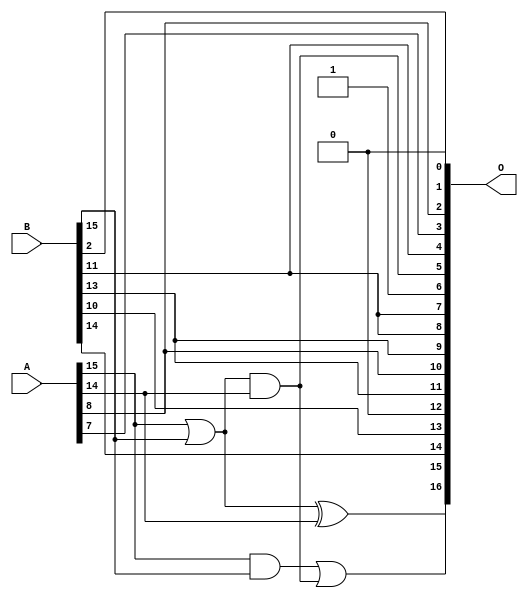
/***
* This code is a part of EvoApproxLib library (ehw.fit.vutbr.cz/approxlib) distributed under The MIT License.
* When used, please cite the following article(s):  
* This file contains a circuit from a sub-set of pareto optimal circuits with respect to the pwr and wce parameters
***/
// MAE% = 9.90 %
// MAE = 12976 
// WCE% = 34.18 %
// WCE = 44805 
// WCRE% = 6300.00 %
// EP% = 100.00 %
// MRE% = 22.35 %
// MSE = 25358.103e4 
// PDK45_PWR = 0.0041 mW
// PDK45_AREA = 18.3 um2
// PDK45_DELAY = 0.20 ns


module add16u_0MH(A, B, O);
  input [15:0] A, B;
  output [16:0] O;
  wire sig_103, sig_104, sig_105;
  assign O[4] = B[11];
  assign O[12] = 1'b0;
  assign O[6] = 1'b1;
  assign O[1] = 1'b0;
  assign sig_103 = A[14];
  assign sig_104 = A[15] | B[15];
  assign sig_105 = A[15] & B[15];
  assign O[5] = sig_104 & sig_103;
  assign O[15] = sig_104 ^ sig_103;
  assign O[16] = sig_105 | O[5];
  assign O[0] = B[2];
  assign O[2] = A[8];
  assign O[3] = A[7];
  assign O[7] = O[4];
  assign O[8] = B[11];
  assign O[9] = B[13];
  assign O[10] = A[8];
  assign O[11] = B[13];
  assign O[13] = B[10];
  assign O[14] = B[14];
endmodule